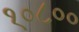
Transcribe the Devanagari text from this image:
१०८००